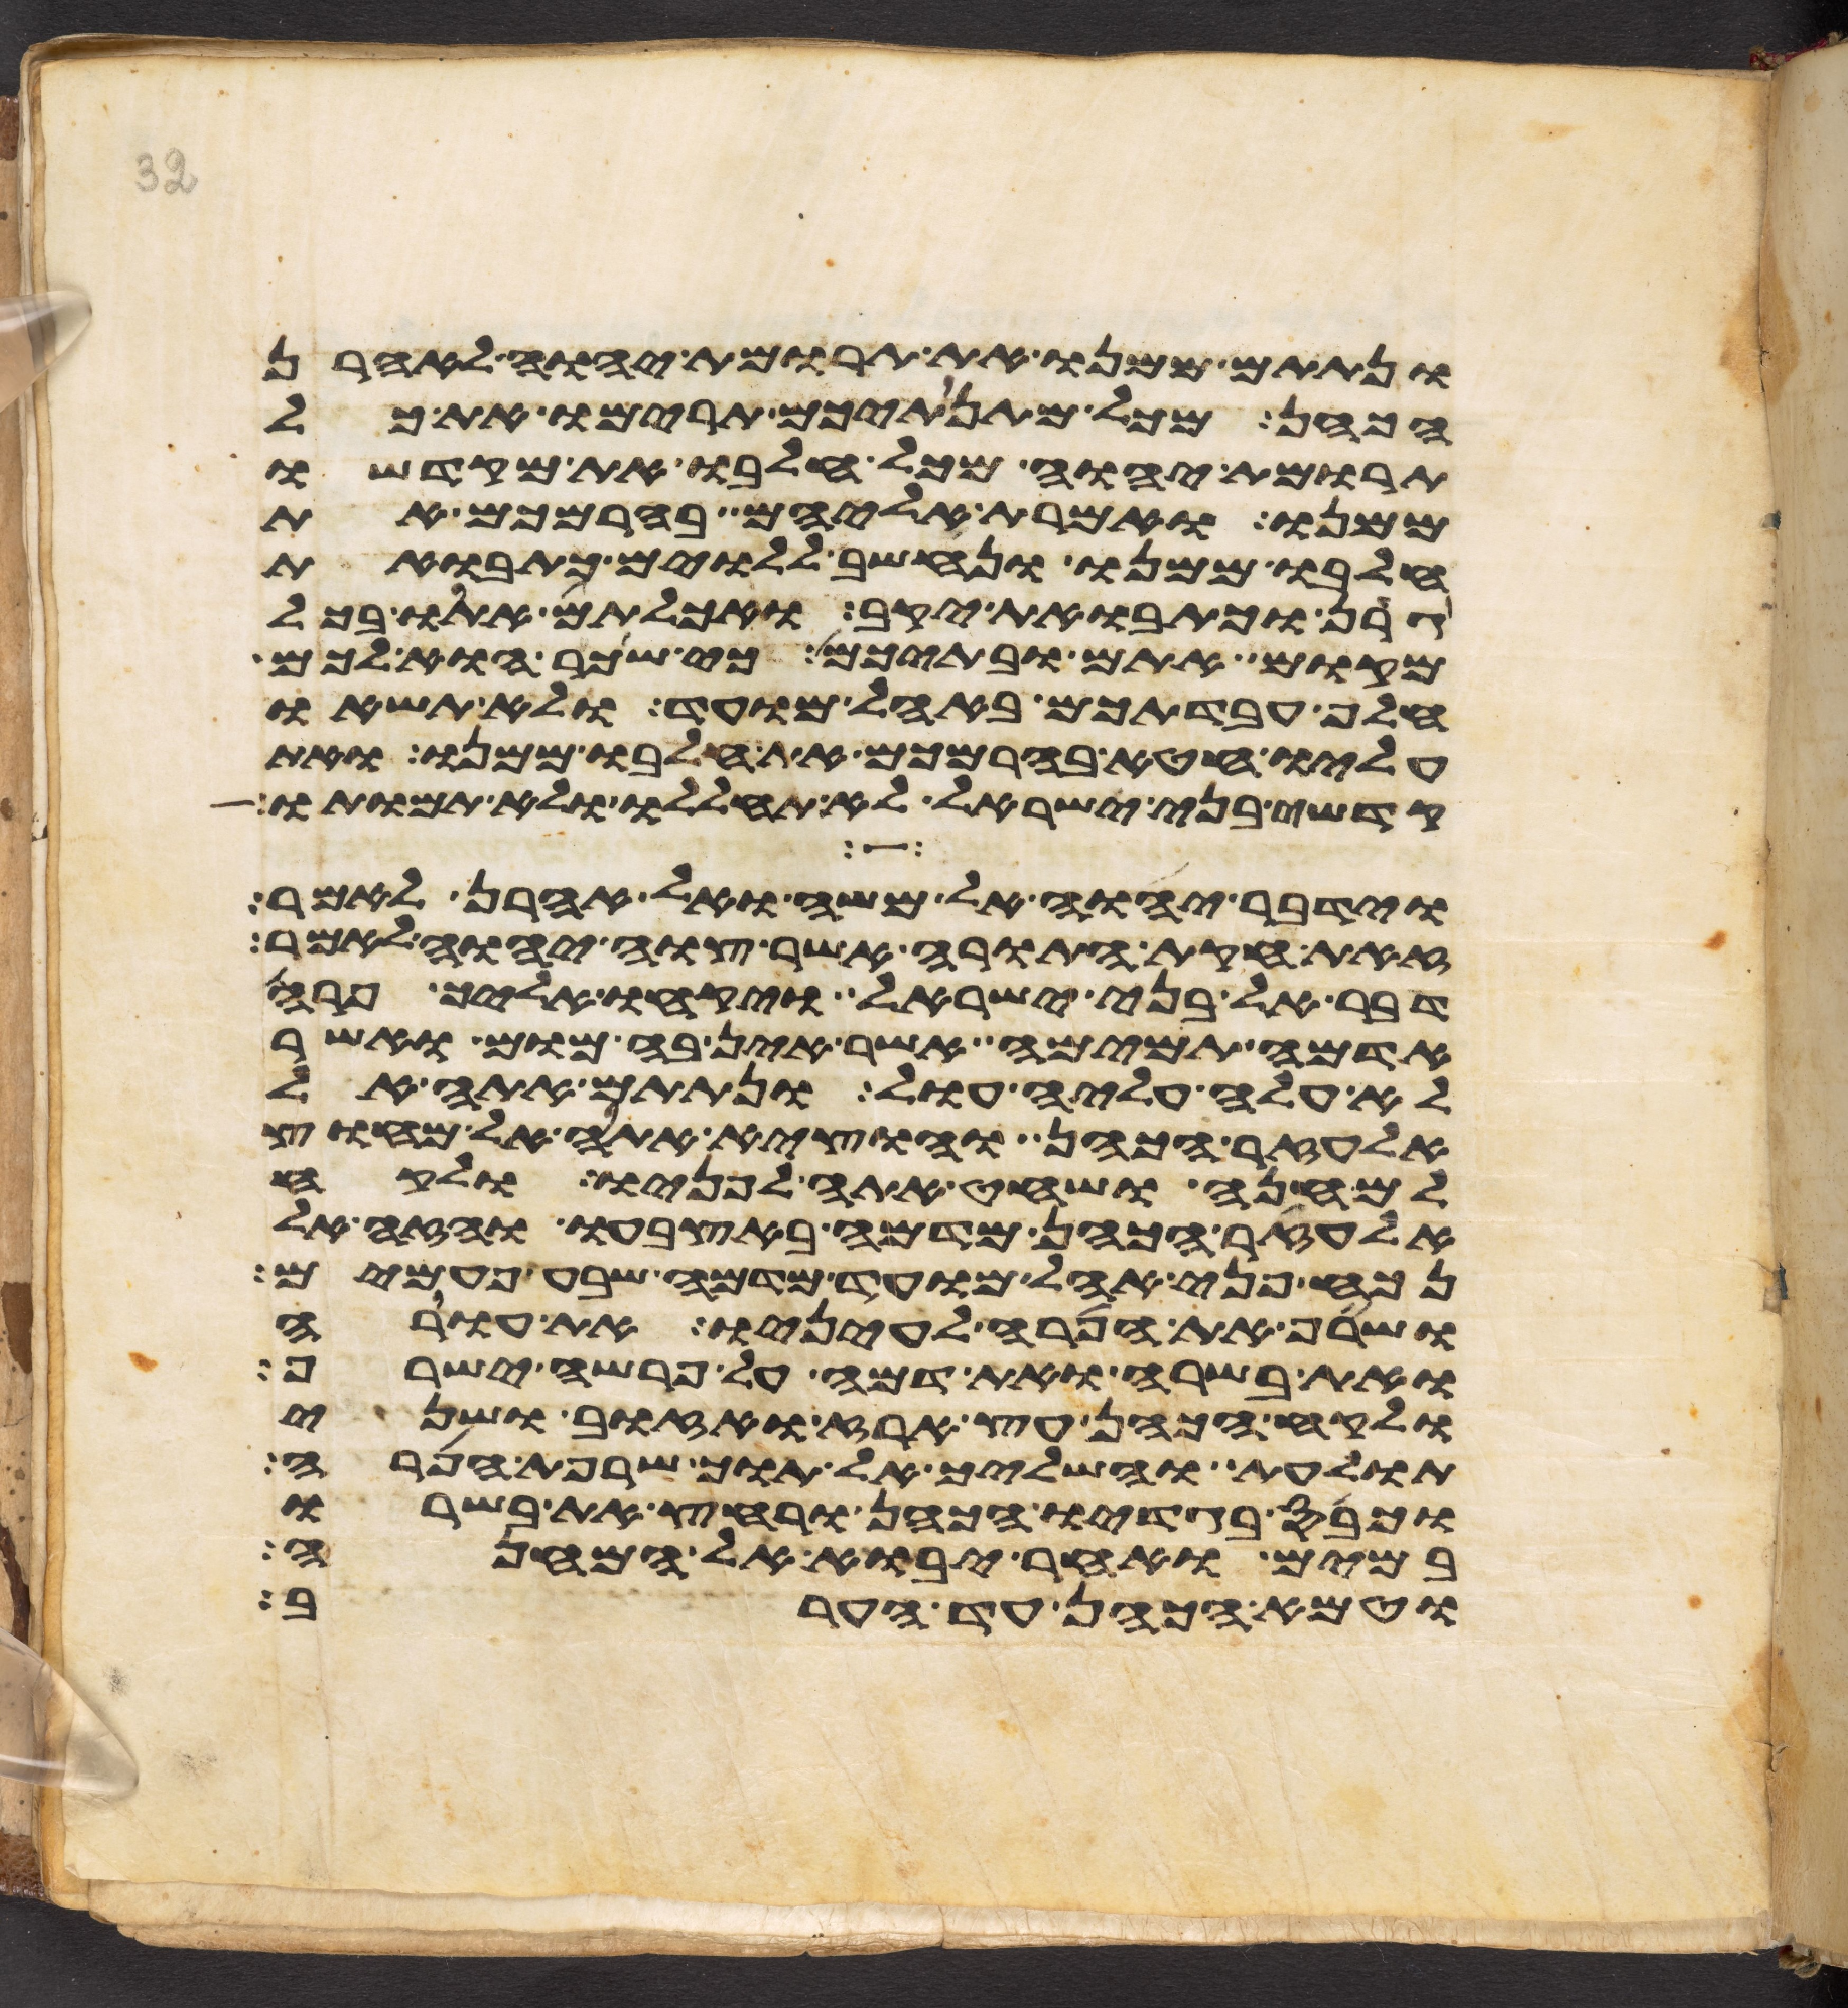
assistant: ונתתם ממנו את תרומת יהוה לאהרן
הכהן מכל מתנתיכם תרימו את כל
תרומת יהוה מכל חלבו את מקדשו
ממנו ואמרת אליהם בהרמכם את
חלבו ממנו ונחשב ללוים כתבואת
גרן וכתבואת יקב ואכלתם אתו בכל
מקום אתם ובתיכם כי שכר הוא לכם
חלף עבדתכם באהל מועד ולא תשאו
עליו חטא בהרמכם את חלבו ממנו ואת
קדשי בני ישראל לא תחללו ולא תמותו
וידבר יהוה אל משה ואל אהרן לאמר
זאת חקות התורה אשר צוה יהוה לאמר
דבר אל בני ישראל ויקחו אליך פרה
אדמה תמימה אשר אין בה מום ואשר
לא עלה עליה עול ונתתם אתה אל
אלעזר הכהן והוציא אתה אל מחוץ
למחנה ושחט אתה לפניו ולקח
אלעזר הכהן מדמה באצבעו והזה אל
נכח פני אהל מועד מדמה שבע פעמים
ושרף את הפרה לעיניו את עורה
ואת בשרה ואת דמה על פרשה ישרף
ולקח הכהן עץ ארז ואזוב ושני
תולעת והשליך אל תוך שרפת הפרה
וכבס בגדיו הכהן ורחץ את בשרו
במים ואחר יבוא אל המחנה
וטמא הכהן עד הערב